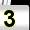
Digit: 3